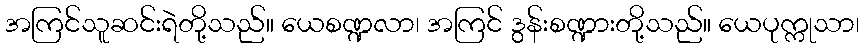
အကြင်သူဆင်းရဲတို့သည်။ ယေစဏ္ဍလာ၊ အကြင် ဒွန်းစဏ္ဍားတို့သည်။ ယေပုက္ကုသာ၊